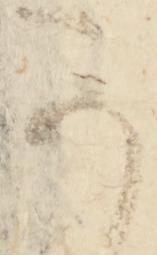
可